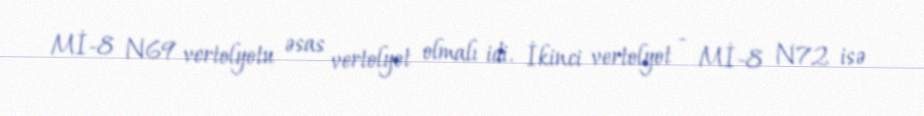
Mİ-8 N69 vertolyotu əsas vertolyot olmalı idi. İkinci vertolyot - Mİ-8 N72 isə